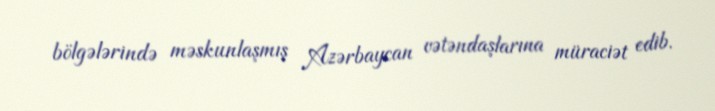
bölgələrində məskunlaşmış Azərbaycan vətəndaşlarına müraciət edib.